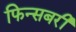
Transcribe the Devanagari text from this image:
फिन्सबरी